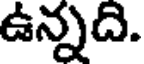
ఉన్నది.